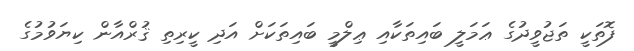
ފޮތަކީ ތަޖުވީދުގެ ޢަމަލީ ބައިތަކާއި ޢިލްމީ ބައިތަކަށް އަދި ކީރިތި ޤުރްއާން ކިޔަވުމުގެ